Scottish Certificate of Education, 1962
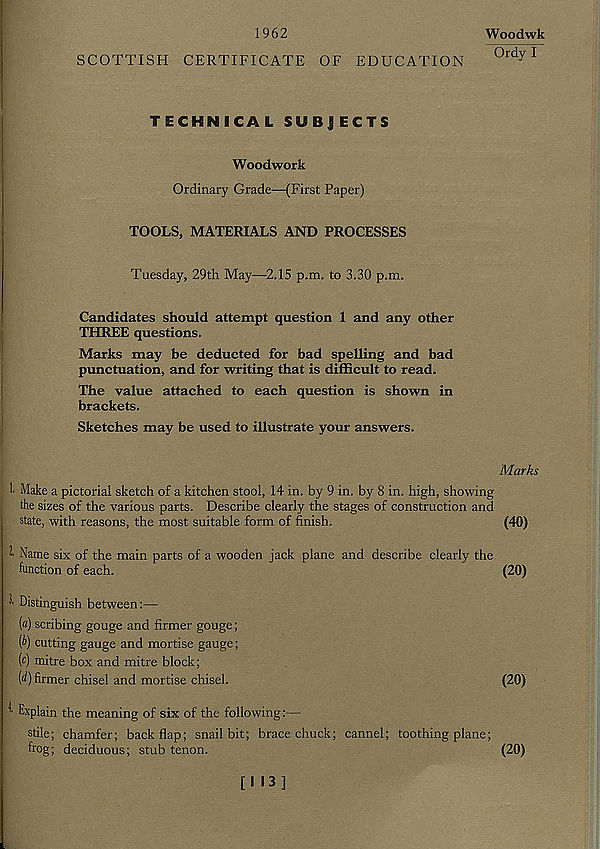
1962
SCOTTISH CERTIFICATE OF EDUCATION
Woodwk
Ordy I
TECHNICAL SUBJECTS
Woodwork
Ordinary Grade—(First Paper)
TOOLS, MATERIALS AND PROCESSES
Tuesday, 29th May—2.15 p.m. to 3.30 p.m.
Candidates should attempt question 1 and any other
THREE questions.
Marks may be deducted for bad spelling and bad
punctuation, and for writing that is difficult to read.
The value attached to each question is shown in
brackets.
Sketches may be used to illustrate your answers.
*■ Make a pictorial sketch of a kitchen stool, 14 in. by 9 in. by 8 in. high, showing
the sizes of the various parts. Describe clearly the stages of construction and
state, with reasons, the most suitable form of finish.
2' Name six of the main parts of a wooden jack plane and describe clearly the
function of each.
Distinguish between:—
(a) scribing gouge and firmer gouge;
[b) cutting gauge and mortise gauge;
(a) mitre box and mitre block;
(d) firmer chisel and mortise chisel.
f' Explain the meaning of six of the following:—
stile; chamfer; back flap; snail bit; brace chuck; cannel; toothing plane;
frog; deciduous; stub tenon.
Marks
(40)
(20)
(20)
(20)
[113]